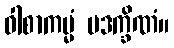
ဝါစာကမ္မံ ပဒက္ခိဏံ။